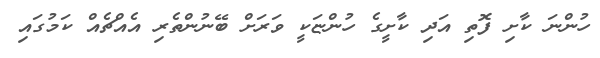
ހުންނަ ކާށި ފޮތި އަދި ކާށީގެ ހުންޏަކީ ވަރަށް ބޭނުންތެރި އެއްޗެއް ކަމުގައި